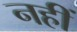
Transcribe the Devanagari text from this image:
नहीं